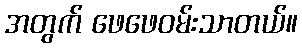
အတွက် ဖေဖေဝမ်းသာတယ်။